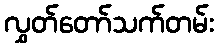
လွှတ်တော်သက်တမ်း